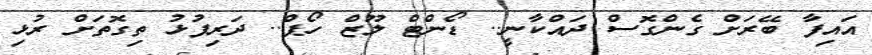
އައިފާ ބޭރަށް ގެންގޮސް ދައްކާނީ.. ޑޯންޓް ލޫޒް ހޯޕް.. ދަރިފުޅު ތިގޮތަށް ރުޅި